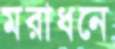
মরাধনে